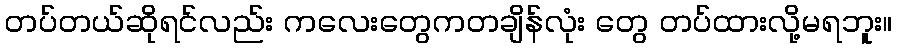
တပ်တယ်ဆိုရင်လည်း ကလေးတွေကတချိန်လုံး တွေ တပ်ထားလို့မရဘူး။